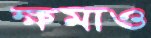
ক্ষমাও